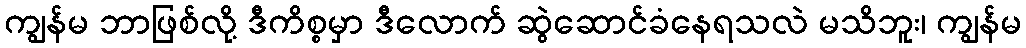
ကျွန်မ ဘာဖြစ်လို့ ဒီကိစ္စမှာ ဒီလောက် ဆွဲဆောင်ခံနေရသလဲ မသိဘူး၊ ကျွန်မ